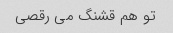
تو هم قشنگ می رقصی